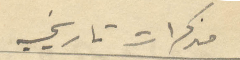
مذكرات تاريخيه